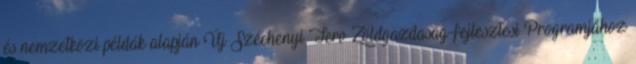
és nemzetközi példák alapján Új Széchenyi Terv Zöldgazdaság-fejlesztési Programjához